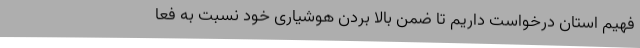
فهیم استان درخواست داریم تا ضمن بالا بردن هوشیاری خود نسبت به فعا